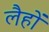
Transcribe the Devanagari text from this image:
लैहों